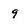
Character: 9